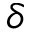
\delta